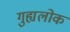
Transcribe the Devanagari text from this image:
गुह्यलोक